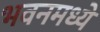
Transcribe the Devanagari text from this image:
भवनमध्ये